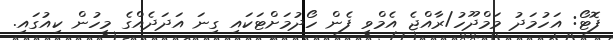
ފޮޓޯ: އަހުމަދު މަމްދޫހު/ރާއްޖެ އެމްވީ ފެން ހޯދުމަށްޓަކައި ގިނަ އަދަދެއްގެ މީހުން ކިއުގައި.